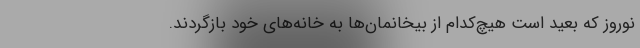
نوروز كه بعيد است هيچ‌كدام از بيخانمان‌ها به خانه‌هاي خود بازگردند.